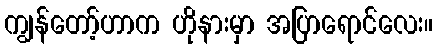
ကျွန်တော့်ဟာက ဟိုနားမှာ အပြာရောင်လေး။